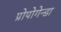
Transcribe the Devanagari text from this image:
प्रोपोगेन्डा